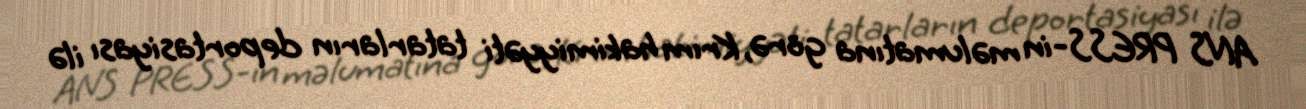
ANS PRESS-in məlumatına görə, Krım hakimiyyəti tatarların deportasiyası ilə